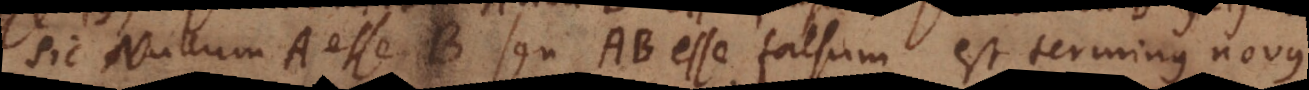
Sic Nullum A esse B seu AB esse falsum est terminus novus.